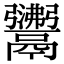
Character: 𩱣